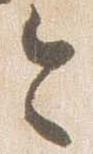
令